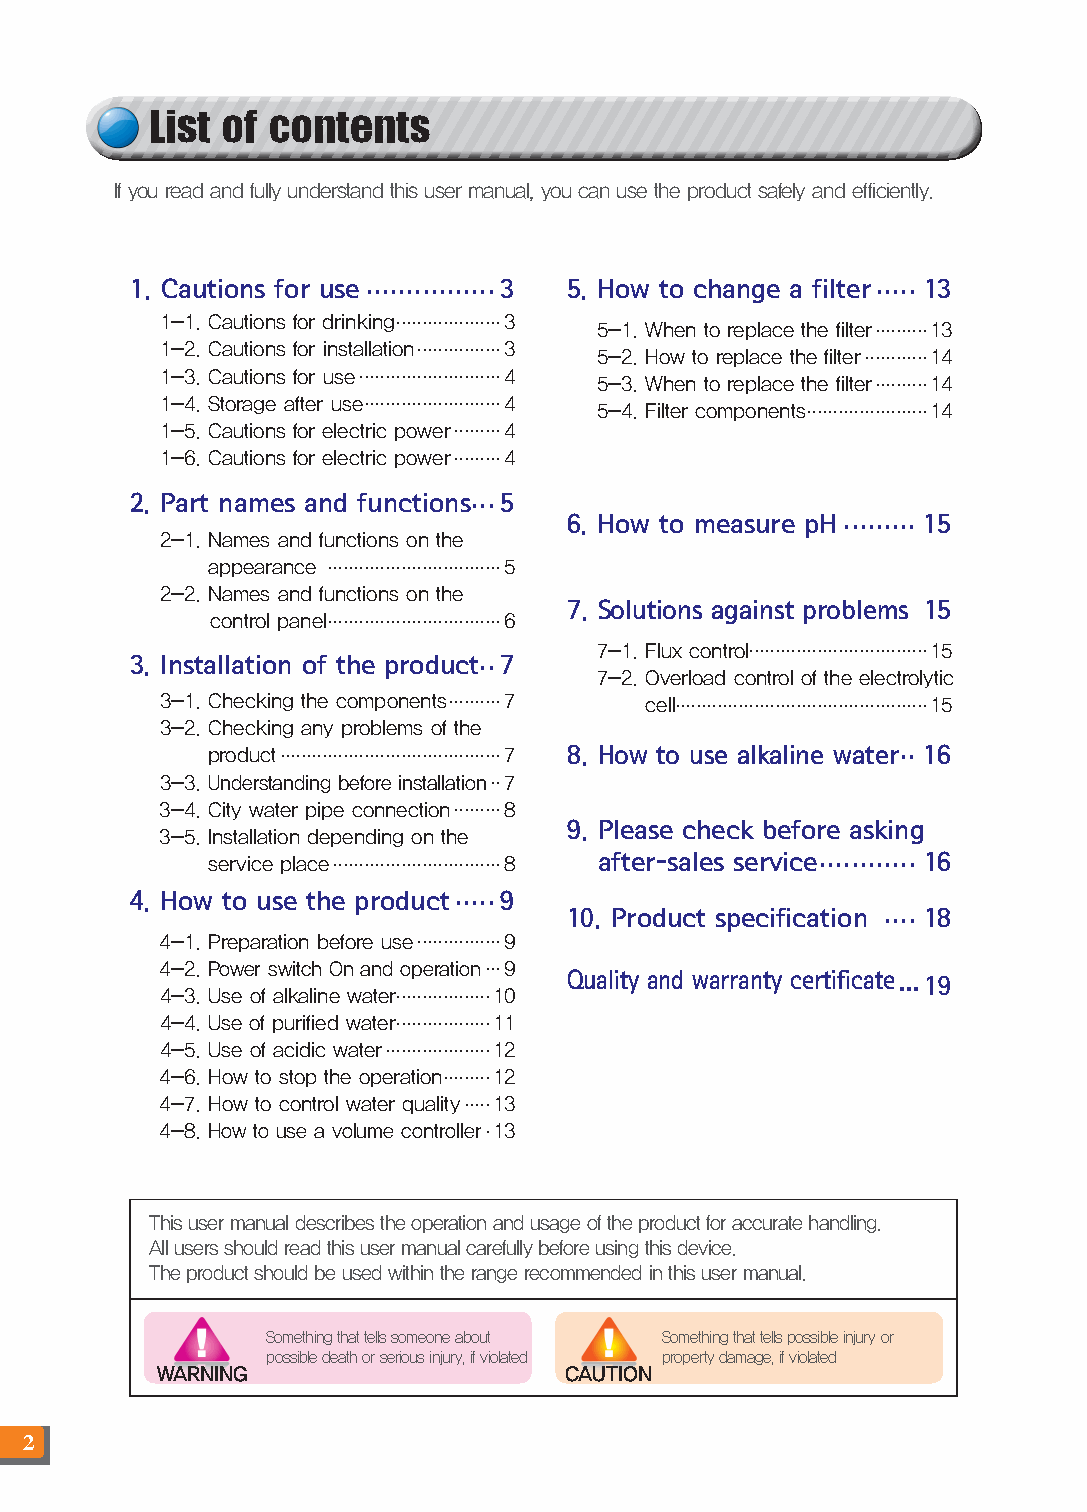
List of contents
 If you read and fully understand this user manual, you can use the product safely and efficiently.
 ................                  .....
 1. Cautions for use     3    5. How to change a filter 13
 1-1. Cautions for drinking ....................3 5-1. When to replace the filter ..........13
 1-2. Cautions for installation ................3 5-2. How to replace the filter ............14
 1-3. Cautions for use ...........................4 5-3. When to replace the filter ..........14
 1-4. Storage after use ..........................4 5-4. Filter components .......................14
 1-5. Cautions for electric power .........4
 1-6. Cautions for electric power .........4
 ...
 2. Part names and functions 5
 .........
 6. How to measure pH   15
 2-1. Names and functions on the
 appearance .................................5
 2-2. Names and functions on the
 7. Solutions against problems 15
 control panel .................................6
 ..     7-1. Flux control ..................................15
 3. Installation of the product 7
 7-2. Overload control of the electrolytic
 3-1. Checking the components ..........7 cell ................................................15
 3-2. Checking any problems of the
 product ..........................................7 8. How to use alkaline water .. 16
 3-3. Understanding before installation ..7
 3-4. City water pipe connection .........8
 9. Please check before asking
 3-5. Installation depending on the
 service place ................................8 after-sales service ............ 16
 .....
 4. How to use the product 9
 ....
 10. Product specification 18
 4-1. Preparation before use ................9
 4-2. Power switch On and operation ...9
 Quality and warranty certificate ...19
 4-3. Use of alkaline water ..................10
 4-4. Use of purified water ..................11
 4-5. Use of acidic water ....................12
 4-6. How to stop the operation .........12
 4-7. How to control water quality .....13
 4-8. How to use a volume controller .13
 This user manual describes the operation and usage of the product for accurate handling.
 All users should read this user manual carefully before using this device.
 The product should be used within the range recommended in this user manual.
 Something that tells someone about Something that tells possible injury or
 possible death or serious injury, if violated property damage, if violated
 WARNING                    CAUTION
 2